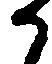
か